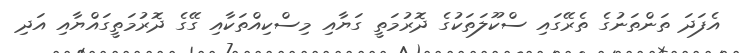
އެފަދަ ތަންތަނުގެ ތެރޭގައި ސްކޫލަތަކުގެ ދޮރުމަތީ ގަޔާއި މިސްކިއްތަކާއި ގޭގެ ދޮރުމަތީގައްޔާއި އަދި